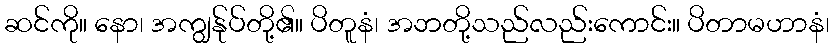
ဆင်ကို။ နော၊ အကျွန်ုပ်တို့၏။ ပိတူနံ၊ အဘတို့သည်လည်းကောင်း။ ပိတာမဟာနံ၊